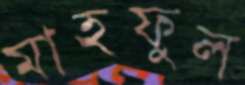
মাহফুল